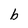
Character: b